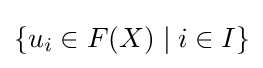
\{u_{i}\in F(X)\mid i\in I\}